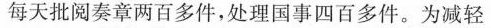
每天批阅奏章两百多件，处理国事四百多件。为减轻